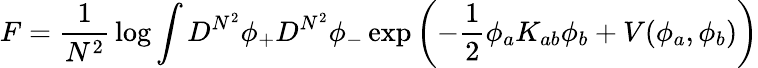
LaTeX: F={\frac{1}{N^{2}}}\log\int D^{N^{2}}\phi_{+}D^{N^{2}}\phi_{-}\exp\left(-{\frac{1}{2}}\phi_{a}K_{ab}\phi_{b}+V(\phi_{a},\phi_{b})\right)